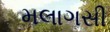
મલાગસી